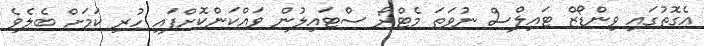
އެގޮތުގައި ވިންޑޯޒް ޓައިލްސް ނުވަތަ މެޓްރޯ ސްޓައިލުން ވައްކަންކޮށްފައި ހުރި ކަމަށް ބެލެވެ